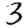
Digit: 3